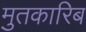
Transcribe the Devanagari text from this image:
मुतकारिब